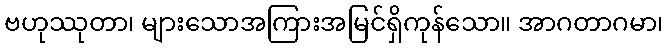
ဗဟုဿုတာ၊ များသောအကြားအမြင်ရှိကုန်သော။ အာဂတာဂမာ၊